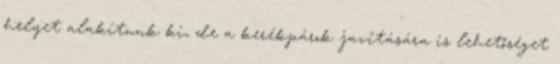
helyet alakítunk ki, de a kerékpárok javítására is lehetőséget